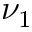
\nu _ { 1 }